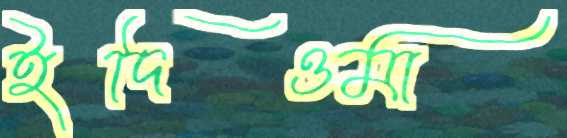
ইদিওমা